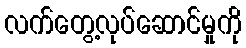
လက်တွေ့လုပ်ဆောင်မှုကို